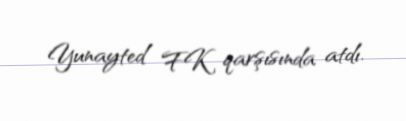
Yunayted FK qarşısında atdı.